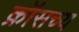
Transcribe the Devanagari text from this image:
क्रॉसच्य